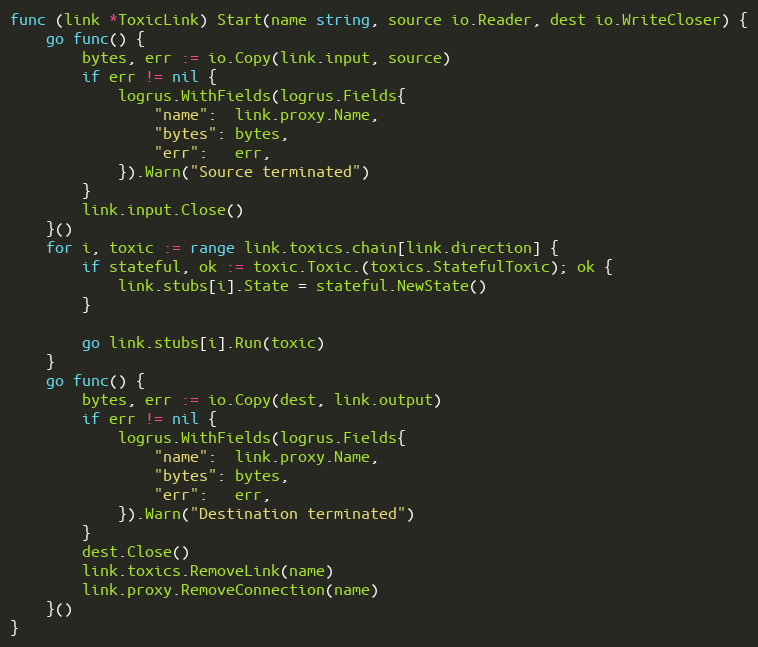
Language: Go
func (link *ToxicLink) Start(name string, source io.Reader, dest io.WriteCloser) {
	go func() {
		bytes, err := io.Copy(link.input, source)
		if err != nil {
			logrus.WithFields(logrus.Fields{
				"name":  link.proxy.Name,
				"bytes": bytes,
				"err":   err,
			}).Warn("Source terminated")
		}
		link.input.Close()
	}()
	for i, toxic := range link.toxics.chain[link.direction] {
		if stateful, ok := toxic.Toxic.(toxics.StatefulToxic); ok {
			link.stubs[i].State = stateful.NewState()
		}

		go link.stubs[i].Run(toxic)
	}
	go func() {
		bytes, err := io.Copy(dest, link.output)
		if err != nil {
			logrus.WithFields(logrus.Fields{
				"name":  link.proxy.Name,
				"bytes": bytes,
				"err":   err,
			}).Warn("Destination terminated")
		}
		dest.Close()
		link.toxics.RemoveLink(name)
		link.proxy.RemoveConnection(name)
	}()
}